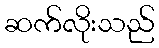
ဆက်လိုးသည်